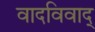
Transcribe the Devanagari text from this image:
वादविवाद्